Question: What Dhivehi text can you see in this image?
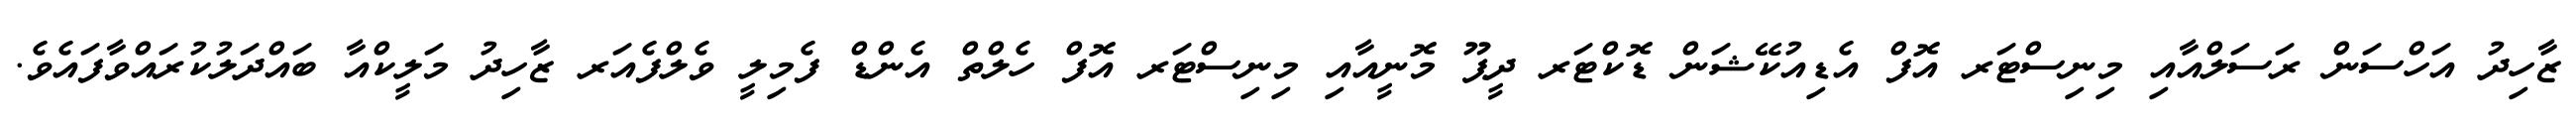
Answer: ޒާހިދު އަހްސަން ރަސަލްއާއި މިނިސްޓަރ އޮފް އެޑިއުކޭޝަން ޑޮކްޓަރ ދީޕޫ މޮނީއާއި މިނިސްޓަރ އޮފް ހެލްތް އެންޑް ފެމިލީ ވެލްފެއަރ ޒާހިދު މަލީކްއާ ބައްދަލުކުރައްވާފައެވެ.